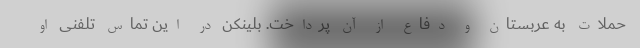
حملات به عربستان و دفاع از آن پرداخت. بلینکن در این تماس تلفنی او